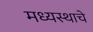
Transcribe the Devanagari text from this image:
मध्यस्थाचे